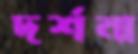
দর্শনা